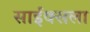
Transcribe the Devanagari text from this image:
साईक्सला